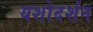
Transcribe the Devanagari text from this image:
यशोदर्शन